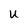
Character: u